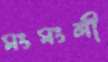
মংমংলী